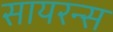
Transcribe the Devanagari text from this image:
सायरन्स